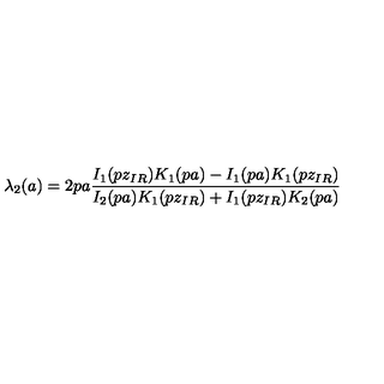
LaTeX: \lambda _ { 2 } ( a ) = 2 p a \frac { I _ { 1 } ( p z _ { I R } ) K _ { 1 } ( p a ) - I _ { 1 } ( p a ) K _ { 1 } ( p z _ { I R } ) } { I _ { 2 } ( p a ) K _ { 1 } ( p z _ { I R } ) + I _ { 1 } ( p z _ { I R } ) K _ { 2 } ( p a ) }